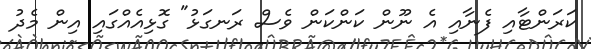
ކަރަންޓާއި ފެނާއި އެ ނޫން ކަންކަން ވެސް ރަނގަޅު" ގޮޅިއެއްގައި އިން މެދު